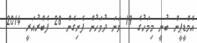
އެމްޑީޕީން ބުނީ މިމަހުގެ 19 ވަނަ ދުވަހުން ފެށިގެން 28 ފެބްރުއަރީ 2014